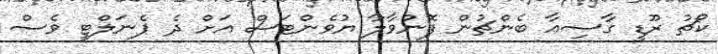
ކޯޗު ރޫޑީ ގާސިއާ ބެންޗުން ފޮނުވާލާ ޔުވެންޓަސް އަށް ދެ ޕެނަލްޓީ ވެސް